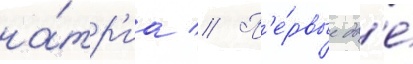
на́тр'иа // П'е́рвые дв'е́